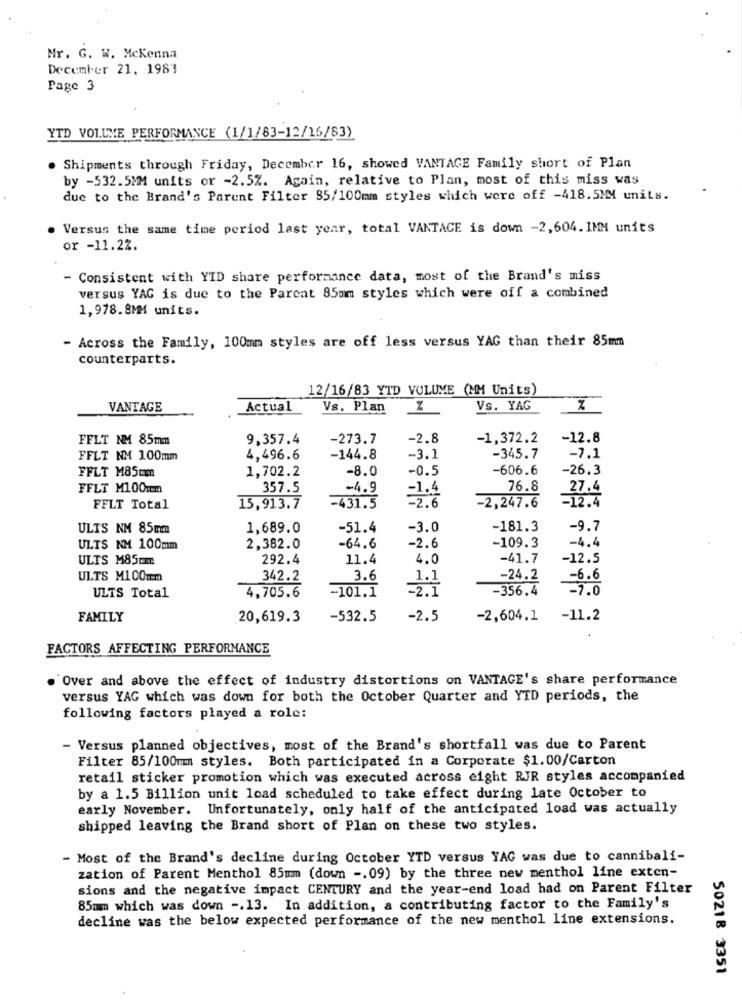
Mr. G. W. Mckenna
December 21, 1983
Page 3
YTD VOLUME PERFORMANCE (1/1/83-12/16/83)
. Shipments through Friday, December 16, showed VANTAGE Family short of Plan
by -532.5MM units or -2.5%. Again, relative to Plan, most of this miss was
due to the Brand's Parent Filter 35/100mm styles which were off -418.5MM units.
Versus the same time period last year, total VANTACE is down -2,604. 1MM units
or -11.22.
- Consistent with YID share performance data, most of the Brand's miss
versus YAG is due to the Parent 85mm styles which were off a combined
1,978.8MM units.
- Across the Family, 100mm styles are off less versus YAG than their 85mm
counterparts.
12/16/83 YTD VOLUME (MM Units)
VANTAGE
Actual
Vs. Plan
Vs. YAG
FFLT NM 85mm
9.357.4
-273.7
-2.8
-1,372.2
-12.8
FFLT NM 100mm
4,496.6
-144.8
-3.1
-345.7
-7.1
FFLT M85cm
1,702.2
-8.0
-0.5
-606.6
-26.3
FFLT M100mm
357.5
-4.9
=1.4
76.8
27.4
-2.6
-12.4
FFLT Total
15,913.7
-431.5
-2,247.6
ULTS NM 85mm
1,689.0
-51.4
-3.0
-181.3
-9.7
-64.6
-109.3
-4.4
ULTS NM 100mm
2,382.0
-2.6
ULTS M85mm
292.4
11.4
4.0
-41.7
-12.5
ULTS M100mm
342.2
3.6
1.1
-24.2
-6.6
-101.1
-356.4
-7.0
ULTS Total
4,705.6
=2.1
FAMILY
20,619.3
-532.5
-2.5
-2,604.1 -11.2
FACTORS AFFECTING PERFORMANCE
Over and above the effect of industry distortions on VANTAGE's share performance
versus YAG which was down for both the October Quarter and YTD periods, the
following factors played a role:
- Versus planned objectives, most of the Brand's shortfall was due to Parent
Filter 85/100mm styles. Both participated in a Corporate $1.00/Carton
retail sticker promotion which was executed across eight RJR styles accompanied
by a 1.5 Billion unit load scheduled to take effect during late October to
early November. Unfortunately, only half of the anticipated load was actually
shipped leaving the Brand short of Plan on these two styles.
- Most of the Brand's decline during October YTD versus YAG was due to cannibali-
zation of Parent Menthol 85mm (down -. 09) by the three new menthol line exten-
sions and the negative impact CENTURY and the year-end load had on Parent Filter
85mm which was down -. 13. In addition, a contributing factor to the Family's
decline was the below expected performance of the new menthol line extensions.
50218 3351